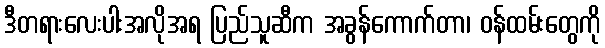
ဒီတရားလေးပါးအလိုအရ ပြည်သူဆီက အခွန်ကောက်တာ၊ ဝန်ထမ်းတွေကို